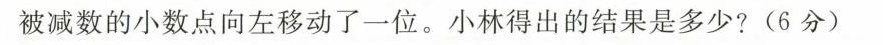
被减数的小数点向左移动了一位。小林得出的结果是多少?(6分)